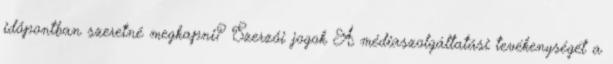
időpontban szeretné megkapni? Szerzői jogok A médiaszolgáltatási tevékenységét a